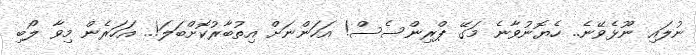
ނުލައި ނޫޅެވޭނެ.. ހެޔޮނުވާނެ މަގޭ ޕްރިންސެސް! އަހަންނަށް އިތުބާރުކޮށްބަލަ!.. އަހަރެން މިވާ ލޯބި